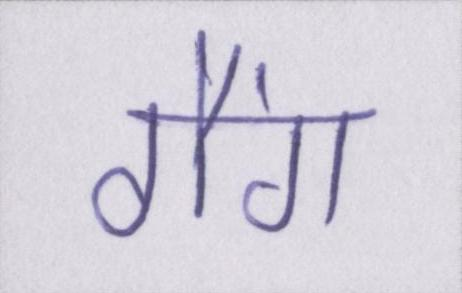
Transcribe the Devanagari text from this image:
गैंग